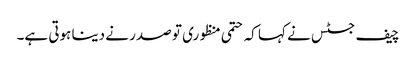
چیف جسٹس نے کہا کہ حتمی منظوری تو صدر نے دینا ہوتی ہے۔